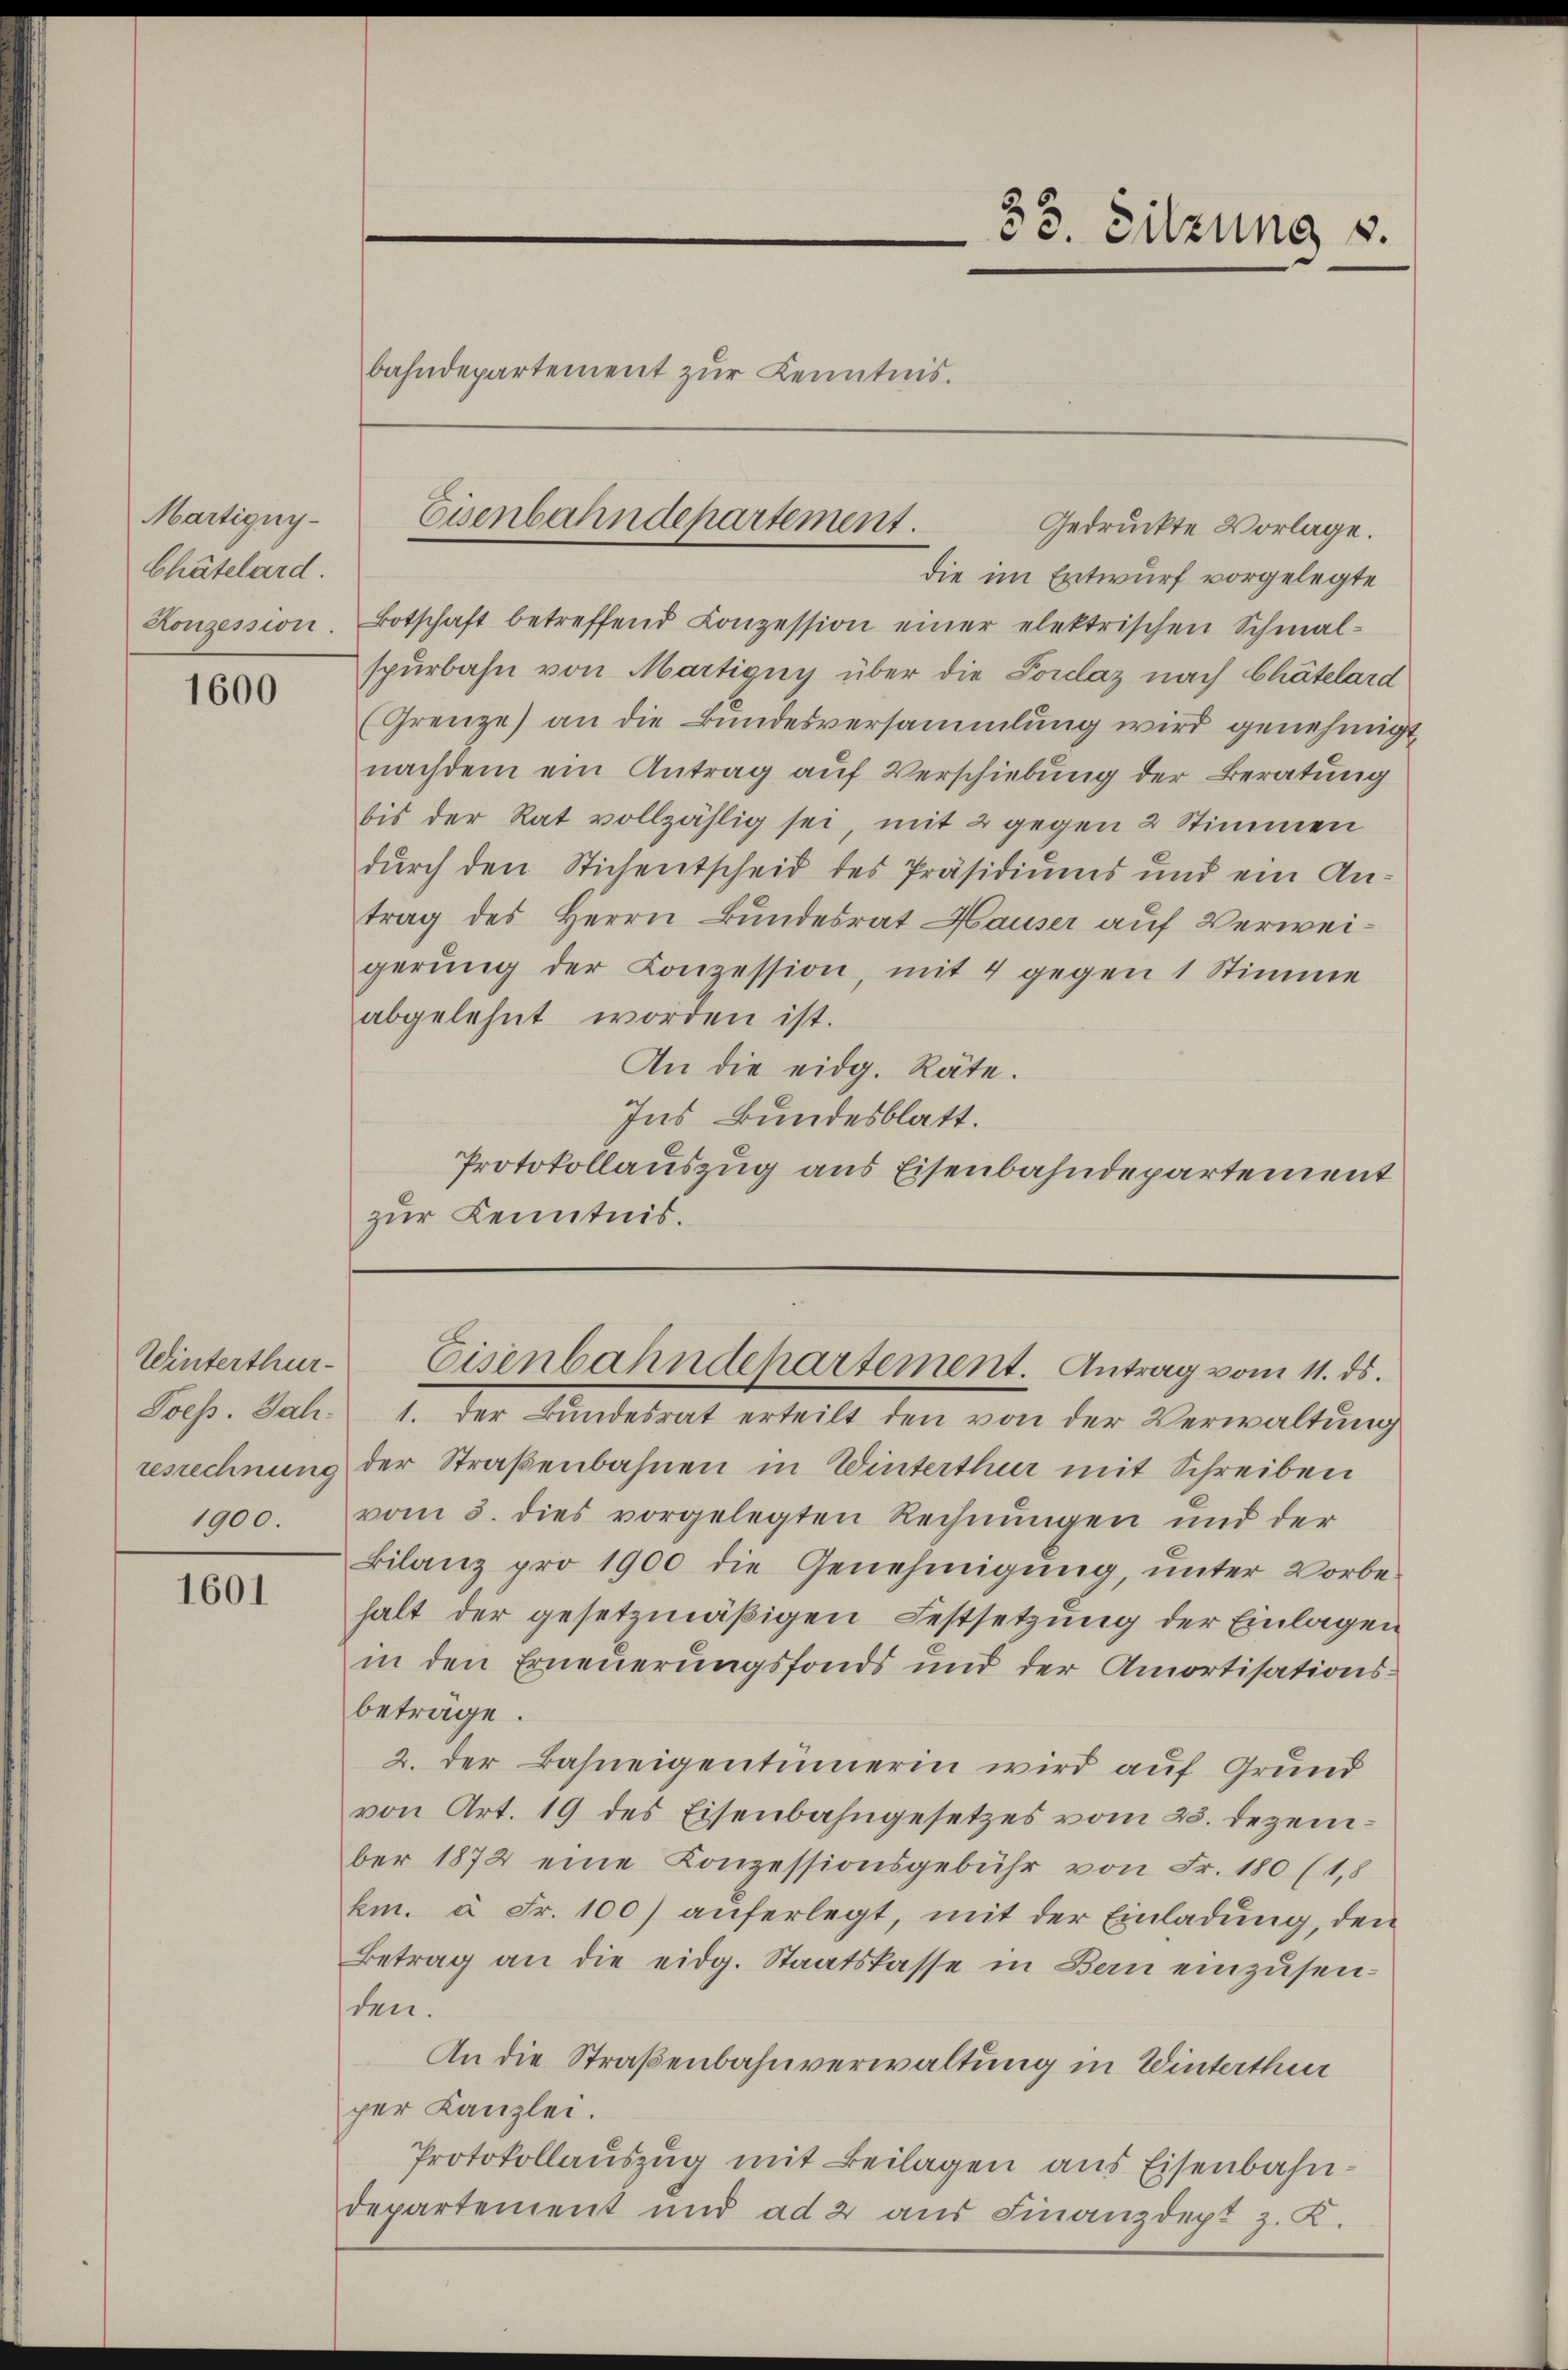
Martigny-
Chätelard.
Konzession.

1600

Winterthur

1601

bahndepartement zur Kenntnis.

Gedruckte Vorlage.
die im Entwurf vorgelegte
Botschaft betreffend Conzession einer elektrischen Schmal-
spürbahn von Martigny über die Porclaz nach Chätelard
Grenze) an die Bŭndesversammlung wird genehmigt
nachdem ein Antrag auf Verschiebung der Beratung
bis der Rat vollzählig sei, mit 2 gegen 2 Stimmen
durch den Stichentscheid des Präsidiums und ein Antrag des Herrn Bundesrat Hauser auf Verweigerŭng der Conzession, mit 4 gegen 1 Stimme
abgelehnt worden ist.
An die eidg. Räte.
Ins Bundesblatt.
Protokollauszug aus Eisenbahndepartement
zŭr Kenntnis.

Eisenbahndepartement.

33. Sitzung v.

Toess. Jah. 1. der Bundesrat erteilt den von der Verwaltung
resrechnung der Straßenbahnen in Winterthur mit Schreiben
1900. vom 3. dies vorgelegten Rechnŭngen ŭnd der
Bilanz pro 1900 die Genehmigŭng ŭnter Vorbe-
halt der gesetzmäßigen Festsetzung der Einlagen
in den Erneuerungsfonds und der Amortisations-
beträge.
2. der Bahneigentümerin wird auf Grund
von Art. 19 des Eisenbahngesetzes vom 25. Dezember 1872 eine Konzessionsgebühr von Fr. 180 (1,8
km. à Fr. 100) auferlegt, mit der Einladŭng, den
Betrag an die eidg. Staatskasse in Bern einzusenden.
An die Straßenbahnverwaltung in Winterthur
per Kanzlei.
Protokollauszug mit Beilagen aus Eisenbahndepartement und ad 2 aŭs Finanzdept z. K.

Eisenbahndepartement. Antrag vom 11. ds.